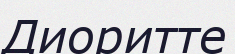
Диоритте